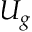
U _ { g }